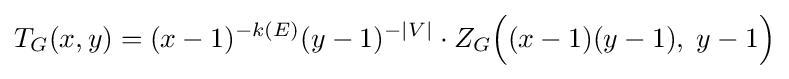
T_{G}(x,y)=(x-1)^{-k(E)}(y-1)^{-|V|}\cdot Z_{G}{\Big (}(x-1)(y-1),\;y-1{\Big )}